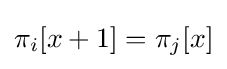
\pi _{i}[x+1]=\pi _{j}[x]